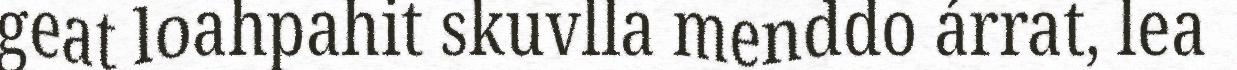
geat loahpahit skuvlla menddo árrat, lea